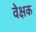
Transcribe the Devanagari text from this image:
वेक्षक